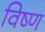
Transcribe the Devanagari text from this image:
विष्ण